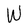
Character: W